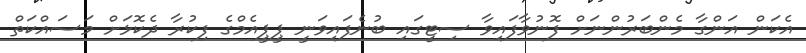
އެކަން އަންގާ މެންބަރުންނަށް ފޮނުވާފައިވާ ސިޓީގައި ބުނެފައިވަނީ ޕީޕީއެމްގެ ފިކުރާ ދެކޮޅަށް މަސައްކަތް